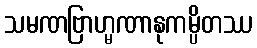
သမဏဗြာဟ္မဏာနုကမ္ပိတဿ